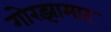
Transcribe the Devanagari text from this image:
गोरझामार